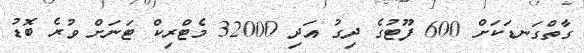
ގާތްގަނޑަކަށް 600 ފޫޓުގެ ދިގު އަދި 32000 މެޓްރިކް ޓަނަށް ވުރެ ބޮޑު